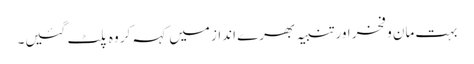
بہت مان و فخر اور تنبیہ بھرے انداز میں کہہ کر وہ پلٹ گئیں۔